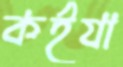
কর্ইযা